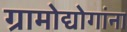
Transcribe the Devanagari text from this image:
ग्रामोद्योगांना